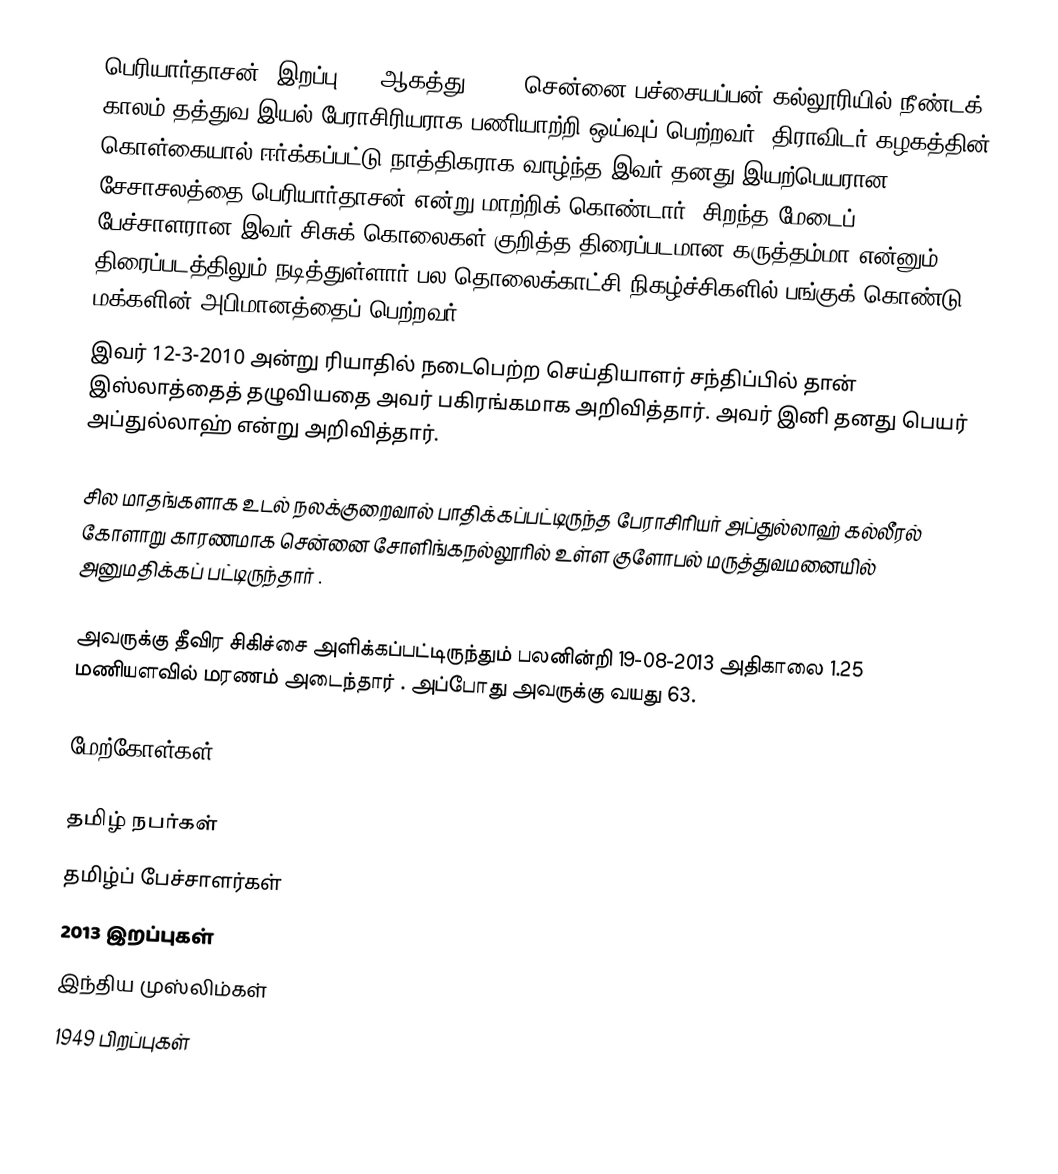
பெரியார்தாசன் (இறப்பு: 19 ஆகத்து 2013) சென்னை பச்சையப்பன் கல்லூரியில் நீண்டக் காலம் தத்துவ இயல் பேராசிரியராக பணியாற்றி ஒய்வுப் பெற்றவர். திராவிடர் கழகத்தின் கொள்கையால் ஈர்க்கப்பட்டு நாத்திகராக வாழ்ந்த இவர் தனது இயற்பெயரான சேசாசலத்தை பெரியார்தாசன் என்று மாற்றிக் கொண்டார். சிறந்த மேடைப் பேச்சாளரான இவர் சிசுக் கொலைகள் குறித்த திரைப்படமான கருத்தம்மா என்னும் திரைப்படத்திலும் நடித்துள்ளார்.பல தொலைக்காட்சி நிகழ்ச்சிகளில் பங்குக் கொண்டு மக்களின் அபிமானத்தைப் பெற்றவர்.
இவர் 12-3-2010 அன்று ரியாதில் நடைபெற்ற செய்தியாளர் சந்திப்பில் தான் இஸ்லாத்தைத் தழுவியதை அவர் பகிரங்கமாக அறிவித்தார். அவர் இனி தனது பெயர் அப்துல்லாஹ் என்று அறிவித்தார்.

சில மாதங்களாக உடல் நலக்குறைவால் பாதிக்கப்பட்டிருந்த பேராசிரியர் அப்துல்லாஹ் கல்லீரல் கோளாறு காரணமாக சென்னை சோளிங்கநல்லூரில் உள்ள குளோபல் மருத்துவமனையில் அனுமதிக்கப் பட்டிருந்தார் .

அவருக்கு தீவிர சிகிச்சை அளிக்கப்பட்டிருந்தும் பலனின்றி 19-08-2013 அதிகாலை 1.25 மணியளவில் மரணம் அடைந்தார் . அப்போது அவருக்கு வயது 63.

மேற்கோள்கள்

தமிழ் நபர்கள்
தமிழ்ப் பேச்சாளர்கள்
2013 இறப்புகள்
இந்திய முஸ்லிம்கள்
1949 பிறப்புகள்